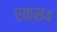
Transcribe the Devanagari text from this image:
एक्स४